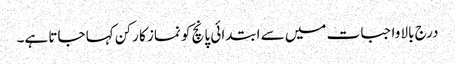
درج بالا واجبات میں سے ابتدائی پانچ کو نماز کا رکن کہا جاتا ہے۔